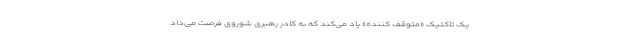
یک تاکتیک «متوقف کننده» یاد می‌کند که به کادر رهبری شوروی فرصت می‌داد